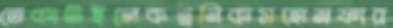
তেকাটইলেকট্রনিকসহোমফার